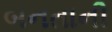
બનતાની